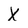
Character: X